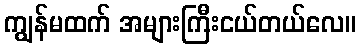
ကျွန်မထက် အများကြီးငယ်တယ်လေ။